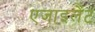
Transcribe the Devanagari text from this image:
एजाइलेंट